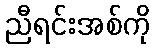
ညီရင်းအစ်ကို